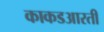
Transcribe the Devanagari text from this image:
काकडआरती